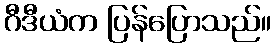
ဂီဒီယံက ပြန်ပြောသည်။